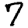
Digit: 7